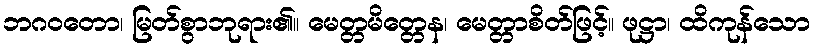
ဘဂဝတော၊ မြတ်စွာဘုရား၏။ မေတ္တမိတ္တေန၊ မေတ္တာစိတ်ဖြင့်။ ဖုဋ္ဌာ၊ ထိကုန်သော